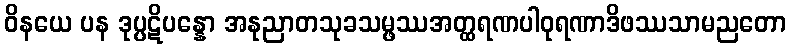
ဝိနယေ ပန ဒုပ္ပဋိပန္နော အနုညာတသုခသမ္ဖဿအတ္ထရဏပါဝုရဏာဒိဖဿသာမညတော